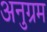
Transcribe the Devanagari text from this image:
अनुग्रम